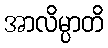
အာလိမ္ပာတိ